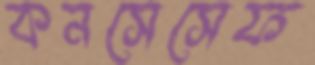
কনসেসেফ